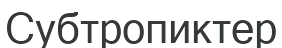
Субтропиктер